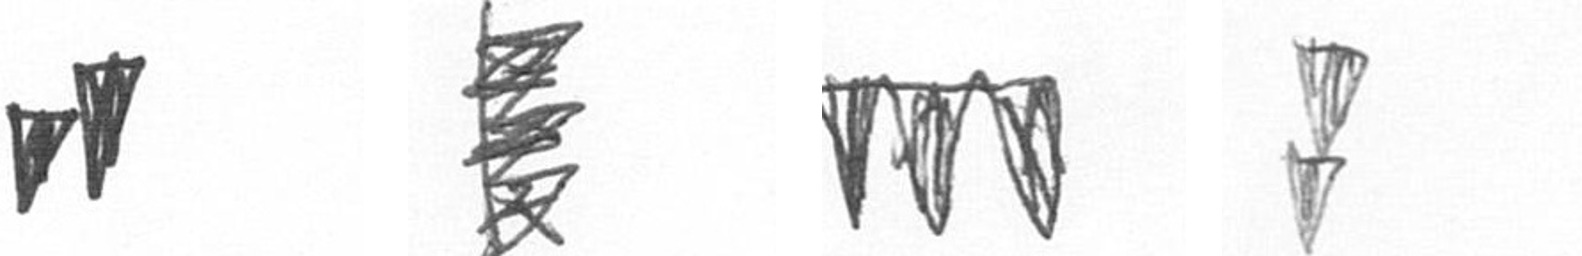
M H L Z